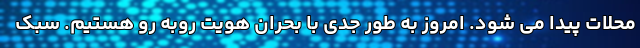
محلات پیدا می شود. امروز به طور جدی با بحران هویت روبه رو هستیم. سبک